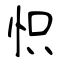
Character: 怾